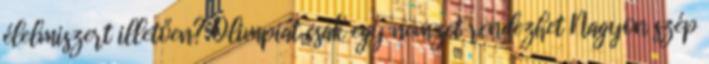
élelmiszert illetően? Olimpiát csak egy nemzet rendezhet Nagyon szép